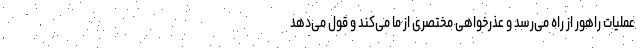
عملیات راهور از راه می‌رسد و عذرخواهی مختصری از ما می‌کند و قول می‌دهد